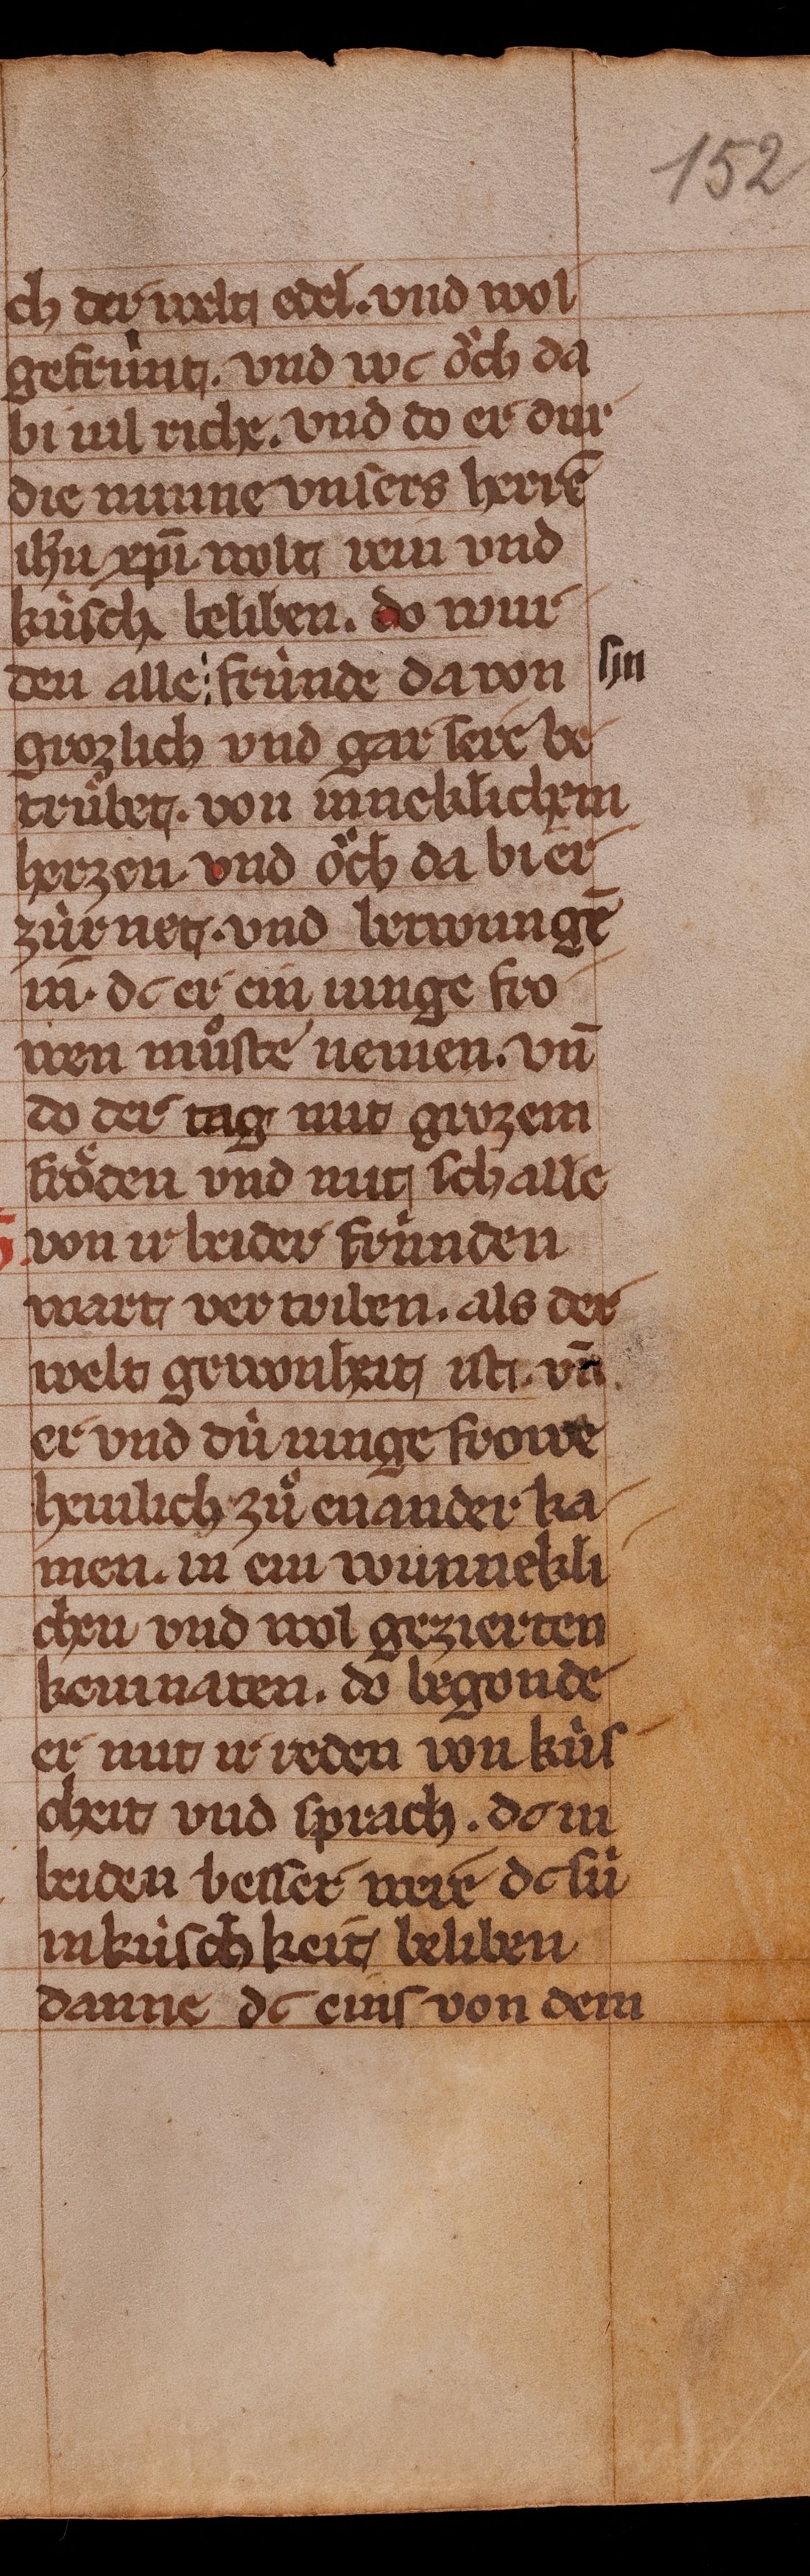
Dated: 1350–1374